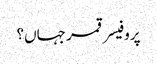
پروفیسر قمر جہاں؟